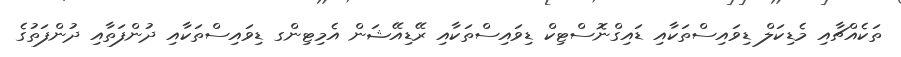
ތަކެއްޗާއި މެޑިކަލް ޑިވައިސްތަކާއި ޑައިގްނޮސްޓިކް ޑިވައިސްތަކާއި ރޭޑިއޭޝަން އެމިޓިންގ ޑިވައިސްތަކާއި ދުންފަތާއި ދުންފަތުގެ